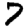
Digit: 7